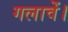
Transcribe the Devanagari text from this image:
गलावें।